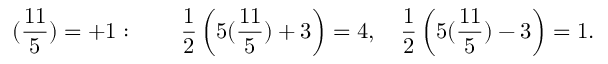
( { \frac { 1 1 } { 5 } } ) = + 1 : \qquad { \frac { 1 } { 2 } } \left( 5 ( { \frac { 1 1 } { 5 } } ) + 3 \right) = 4 , \quad { \frac { 1 } { 2 } } \left( 5 ( { \frac { 1 1 } { 5 } } ) - 3 \right) = 1 .